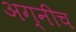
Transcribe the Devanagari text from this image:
अग्नीच